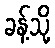
ခန့်သို့